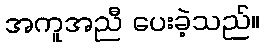
အကူအညီ ပေးခဲ့သည်။